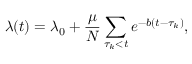
\lambda ( t ) = \lambda _ { 0 } + \frac { \mu } { N } \sum _ { \tau _ { k } < t } e ^ { - b ( t - \tau _ { k } ) } ,